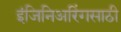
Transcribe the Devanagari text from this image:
इंजिनिअरिंगसाठी